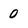
Character: 0